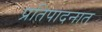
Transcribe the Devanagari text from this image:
प्रतिपादनात